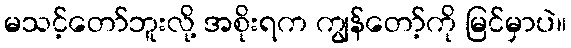
မသင့်တော်ဘူးလို့ အစိုးရက ကျွန်တော့်ကို မြင်မှာပဲ။